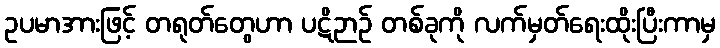
ဥပမာအားဖြင့် တရုတ်တွေဟာ ပဋိဉာဉ် တစ်ခုကို လက်မှတ်ရေးထိုးပြီးကာမှ